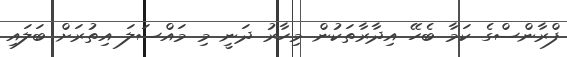
ފްރާންސްގެ ކަމާ ބެހޭ އިދާރާތަކުން މިހާރު ދަނީ މި މައްސަލަ އިތުރަށް ބަލައި